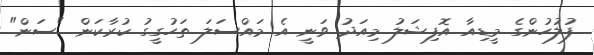
ފުލުހުންގެ މީޑިއާ އޮފިޝަލު މިއަދު ވަނީ އެ މައްސަލަ ތަހުގީގު ކުރާކަން "ސަން"